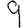
Digit: 9